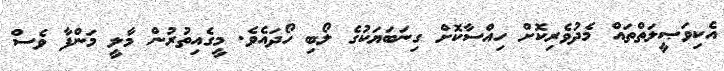
އެކިވަޞީލަތްތައް މެދުވެރިކޮށް ހިއްސާކޮށް ގިނަބަޔަކުގެ ލޯބި ހޯދައެވެ. މީގެއިތުރުން މާލީ މަންފާ ވެސް